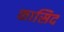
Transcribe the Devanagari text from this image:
कासिद